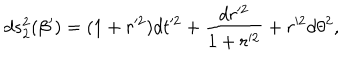
LaTeX: d s _ { 2 } ^ { 2 } ( \beta ^ { \prime } ) = ( 1 + r ^ { 2 } ) d t ^ { 2 } + \frac { d r ^ { 2 } } { 1 + r ^ { 2 } } + r ^ { 2 } d \theta ^ { 2 } ,